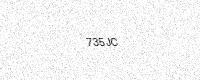
Text: 735JC